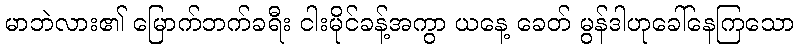
မာဘဲလား၏ မြောက်ဘက်ခရီး ငါးမိုင်ခန့်အကွာ ယနေ့ ခေတ် မွန်ဒါဟုခေါ်နေကြသော